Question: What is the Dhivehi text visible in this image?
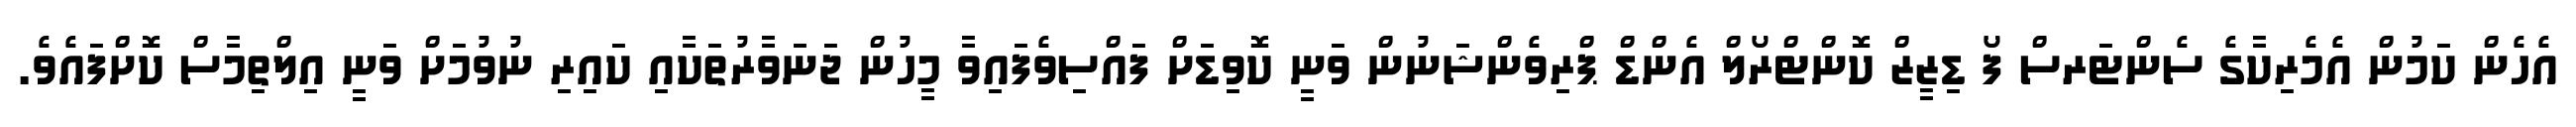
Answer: އެހެން ކަމުން އެމެރިކާގެ ސެންޓަރސް ފޯ ޑިޒީޒް ކޮންޓްރޯލް އެންޑް ޕްރިވެންޝަނުން ވަނީ ކޮވިޑަށް ފައްސިވެފައިވާ މީހުން ޖަނަވާރުތަކާއި ކައިރި ނުވުމަށް ވަނީ އިލްތިމާސް ކޮށްފައެވެ.